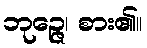
ဘုဉ္ဇေ၊ စား၏။